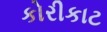
કોરીકાટ